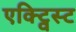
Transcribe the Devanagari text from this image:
एक्ट्विस्ट